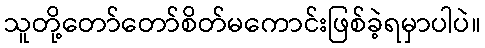
သူတို့တော်တော်စိတ်မကောင်းဖြစ်ခဲ့ရမှာပါပဲ။